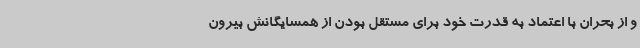
و از بحران با اعتماد به قدرت خود برای مستقل بودن از همسایگانش بیرون